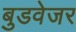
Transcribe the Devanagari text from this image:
बुडवेजर